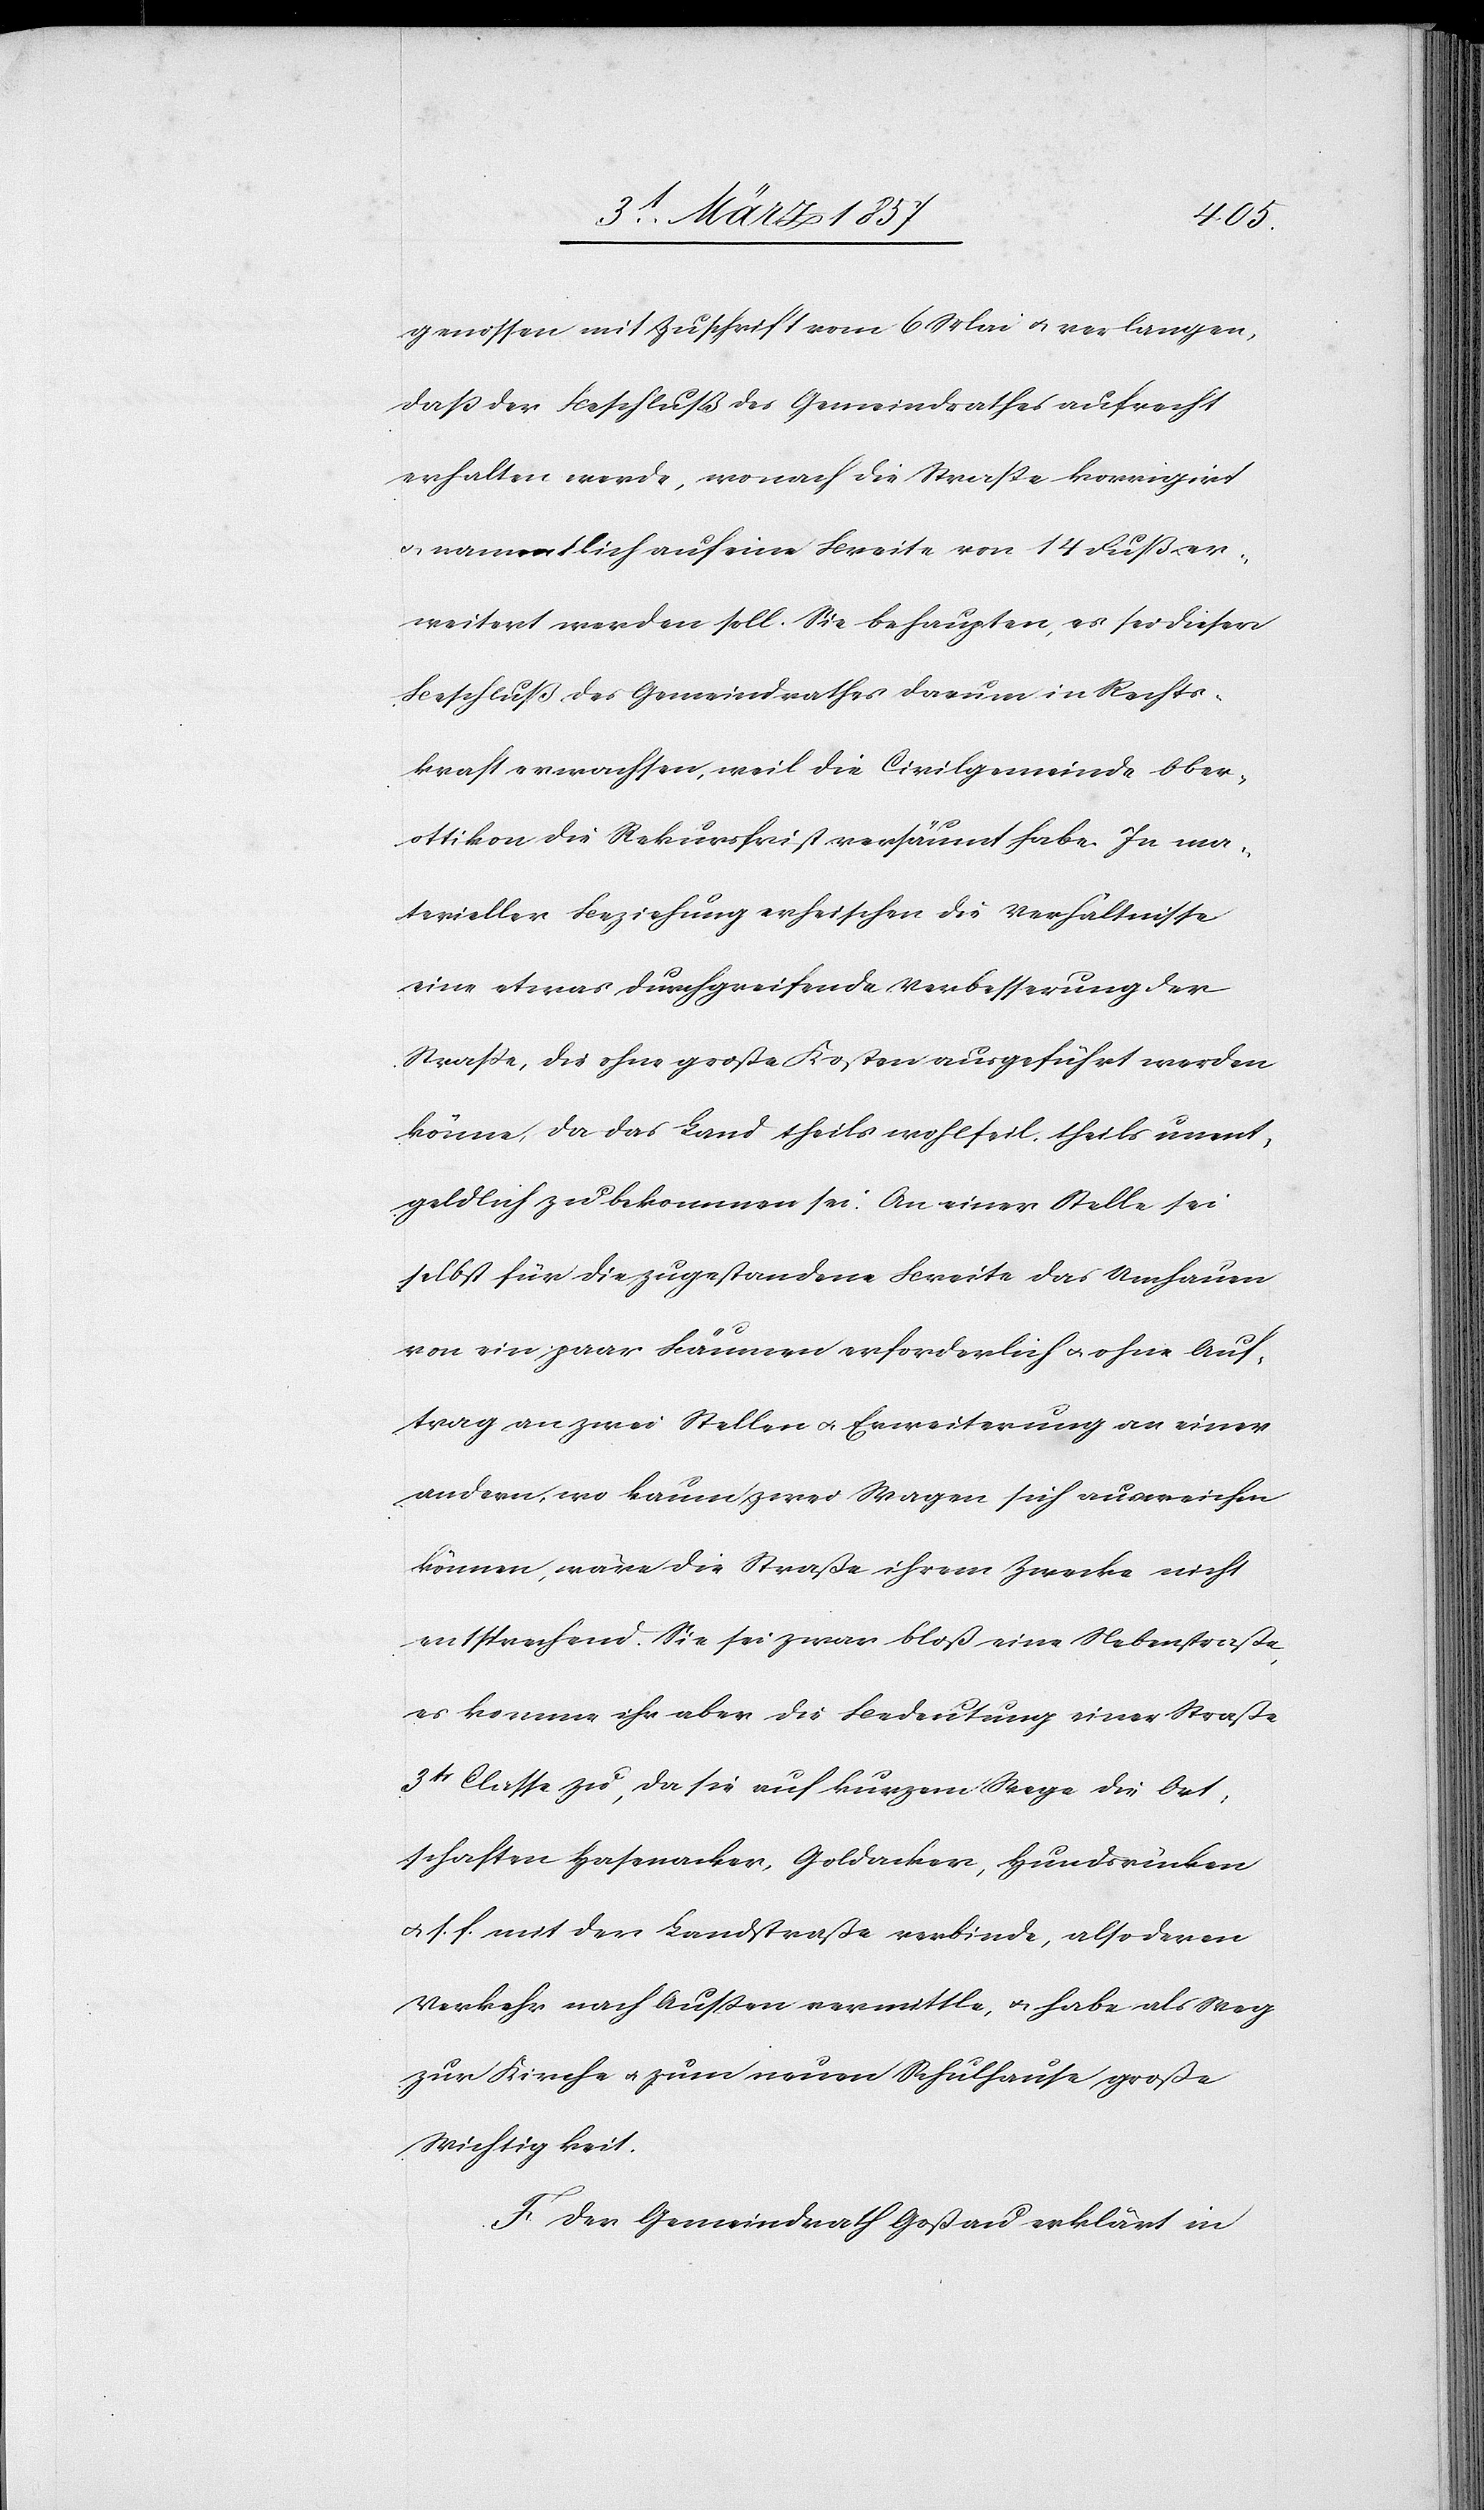
genossen mit Zuschrift vom 6 Mai u. verlangen,
daß der Beschluß des Gemeindrathes aufrecht
erhalten werde, wonach die Straße korrigirt
u. namentlich auf eine Breite von 14 Fuß er¬
weitert werden soll. Sie behaupten, es sei dieser
Beschluß des Gemeindrathes darum in Rechts¬
kraft erwachsen, weil die Civilgemeinde Ober¬
ottikon die Rekursfrist versäumt habe. In ma¬
terieller Beziehung erheischen die Verhältnisse
eine etwas durchgreifende Verbesserung der
Straße, die ohne große Kosten ausgeführt werden
könne, da das Land theils wohlfeil, theils unent¬
gedlich zu bekommen sei. An einer Stelle sei
selbst für die zugestandene Breite das Umhauen
von ein paar Bäumen erforderlich u. ohne Auf¬
trag an zwei Stellen u. Erweiterung an einer
andern, wo kaum zwei Wagen sich ausweichen
können, wäre die Straße ihrem Zwecke nicht
entsprechend. Sie sei zwar bloß eine Nebenstraße,
es komme ihr aber die Bedeutung einer Straße
3tr Classe zu, da sie auf kurzem Wege die Ort¬
schaften Hasenacker, Goldacker, Hundsrücken
u. s. f. mit der Landstraße verbinde, also deren
Verkehr nach Außen vermittle, u. habe als Weg
zur Kirche u. zum neuen Schulhause große
Wichtigkeit.
F. Der Gemeindrath Goßau erklärt in